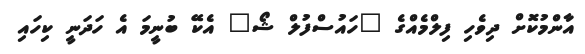
އާންމުކޮށް ދިވެހި ފިލްމެއްގެ "ހައުސްފުލް ޝޯ" އެކޭ ބުނީމަ އެ ހަދަނީ ކިހައި